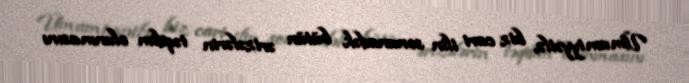
Ümumiyyətlə, biz cari ilin sonunadək bütün ərizələrin təqdim olunmasını